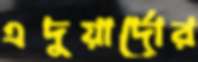
এদুয়ার্দোর